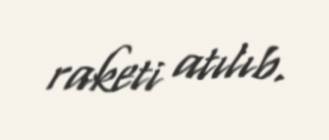
raketi atılıb.